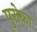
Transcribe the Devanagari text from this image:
पुरोका